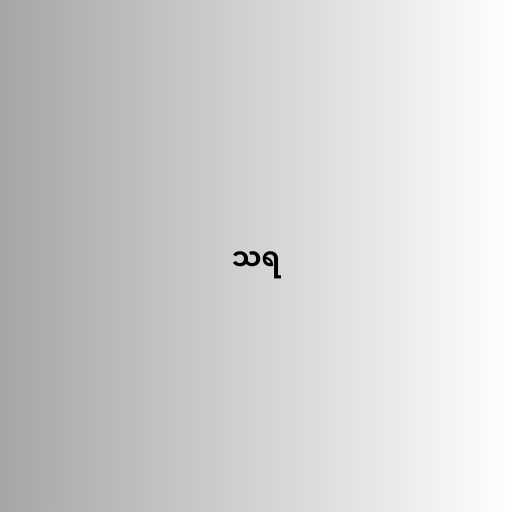
သရ